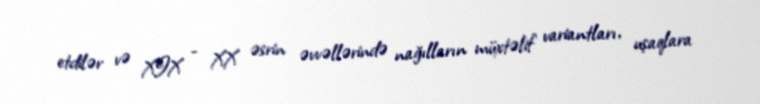
etdilər və XIX - XX əsrin əvvəllərində nağılların müxtəlif variantları, uşaqlara